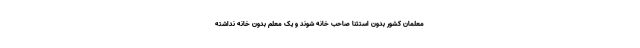
معلمان کشور بدون استثنا صاحب خانه شوند و یک معلم بدون خانه نداشته